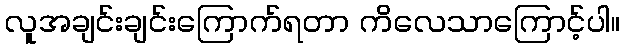
လူအချင်းချင်းကြောက်ရတာ ကိလေသာကြောင့်ပါ။